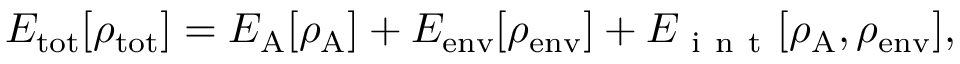
\begin{array} { r } { E _ { \mathrm { t o t } } [ \rho _ { \mathrm { t o t } } ] = E _ { \mathrm { A } } [ \rho _ { \mathrm { A } } ] + E _ { \mathrm { e n v } } [ \rho _ { \mathrm { e n v } } ] + E _ { \mathrm { ~ i ~ n ~ t ~ } } [ \rho _ { \mathrm { A } } , \rho _ { \mathrm { e n v } } ] , } \end{array}